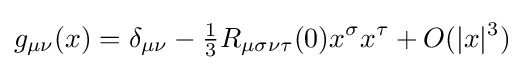
g_{\mu \nu }(x)=\delta _{\mu \nu }-{\tfrac {1}{3}}R_{\mu \sigma \nu \tau }(0)x^{\sigma }x^{\tau }+O(|x|^{3})